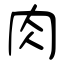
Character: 肉